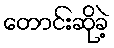
တောင်းဆိုခဲ့